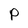
Character: P